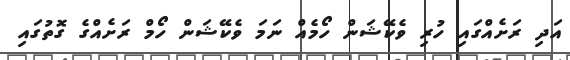
އަދި ރަށެއްގައި ހުރި ވެކޭޝަން ހޯމެއް ނަމަ ވެކޭޝަން ހޯމް ރަށެއްގެ ގޮތުގައި